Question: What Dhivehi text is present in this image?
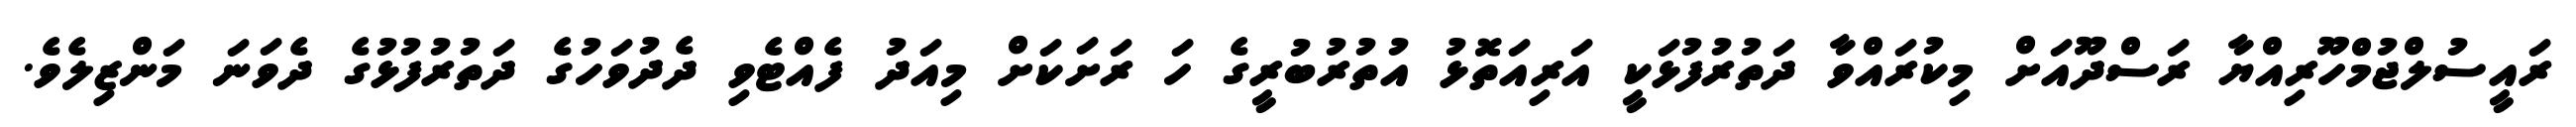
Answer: ރައީސުލްޖުމްހޫރިއްޔާ ރަސްދޫއަށް މިކުރައްވާ ދަތުރުފުޅަކީ އަރިއަތޮޅު އުތުރުބުރީގެ ހަ ރަށަކަށް މިއަދު ފެއްޓެވި ދެދުވަހުގެ ދަތުރުފުޅުގެ ދެވަނަ މަންޒިލެވެ.